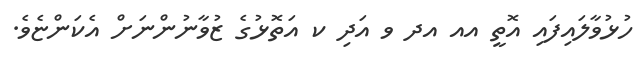
ހުޅުވާލައިފައި އޮތީ އއ އދ ވ އަދި ކ އަތޮޅުގެ ޒުވާނުންނަށް އެކަންޏެވެ.